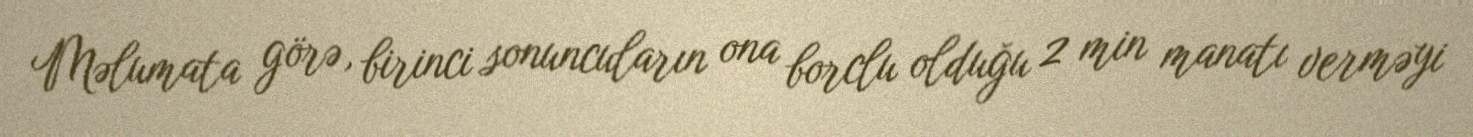
Məlumata görə, birinci sonuncuların ona borclu olduğu 2 min manatı verməyi